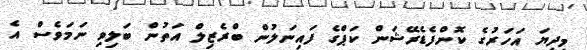
މިދިޔަ އަހަރުގެ ކޮންފެޑެރޭޝަން ކަޕްގެ ފައިނަލުން ބްރެޒިލް އަތުން ބަލިވި ނަމަވެސް އެ